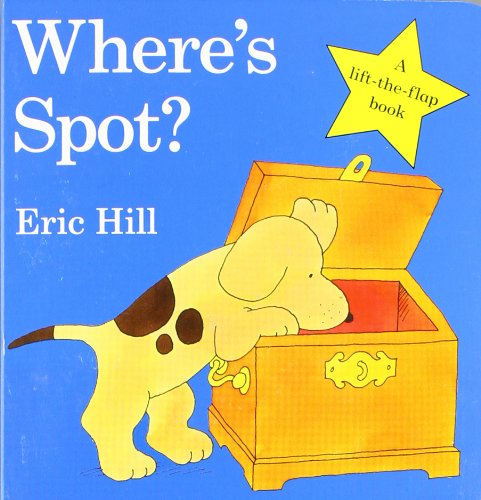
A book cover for Where's Spot?; Eric Hill; Children's Books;